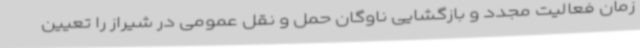
زمان فعالیت مجدد و بازگشایی ناوگان حمل و نقل عمومی در شیراز را تعیین